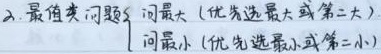
2. 最值类问题
\[
\begin{cases}
\text{问最大(优先选最大或第二大)}\\
\text{问最小(优先选最小或第二小)}
\end{cases}
\]